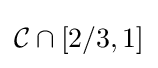
{\mathcal {C}}\cap [2/3,1]